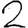
Digit: 2